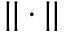
\vert \vert \cdot \vert \vert